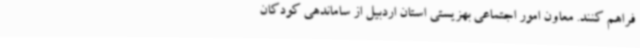
فراهم کنند. معاون امور اجتماعی بهزیستی استان اردبیل از ساماندهی کودکان